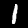
Digit: 1